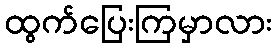
ထွက်ပြေးကြမှာလား